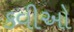
કવીઓ